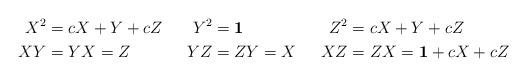
LaTeX: \begin{align*}X^2 &= cX + Y + cZ & Y^2 &= \mathbf{1} & Z^2 &= cX + Y + cZ \\XY &= YX = Z & YZ &= ZY = X & XZ &= ZX = \mathbf{1} + cX + cZ\end{align*}